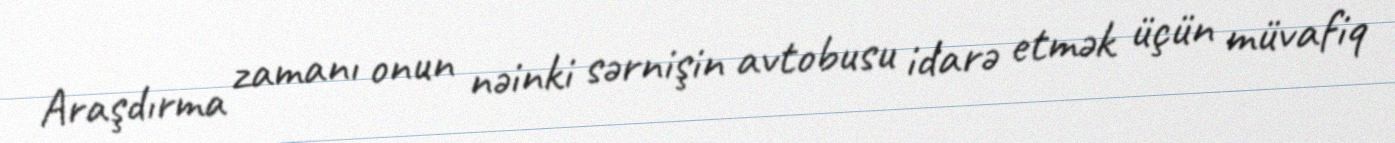
Araşdırma zamanı onun nəinki sərnişin avtobusu idarə etmək üçün müvafiq